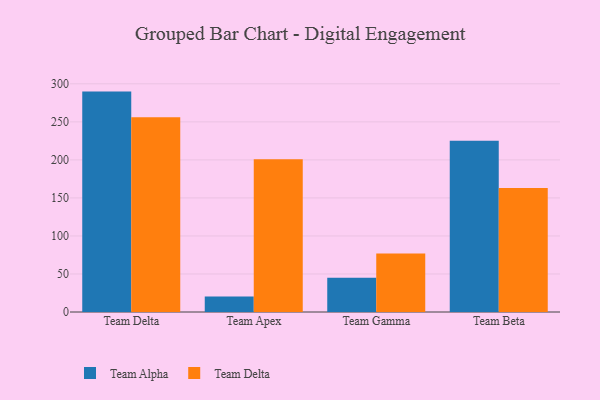
{"axis": {"x": "Team", "y": "Net Income (USD K)"}, "legend": ["Team Alpha", "Team Delta"], "data": [{"x": "Team Delta", "y": 289.8, "type": "Team Alpha"}, {"x": "Team Delta", "y": 256.1, "type": "Team Delta"}, {"x": "Team Apex", "y": 20.4, "type": "Team Alpha"}, {"x": "Team Apex", "y": 200.9, "type": "Team Delta"}, {"x": "Team Gamma", "y": 44.9, "type": "Team Alpha"}, {"x": "Team Gamma", "y": 77.0, "type": "Team Delta"}, {"x": "Team Beta", "y": 225.3, "type": "Team Alpha"}, {"x": "Team Beta", "y": 163.1, "type": "Team Delta"}]}